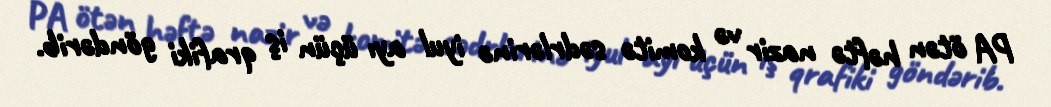
PA ötən həftə nazir və komitə sədrlərinə iyul ayı üçün iş qrafiki göndərib.